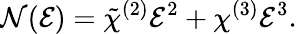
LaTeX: {\cal N}({\cal E})=\tilde{\chi}^{(2)}{\cal E}^{2}+\chi^{(3)}{\cal E}^{3}.